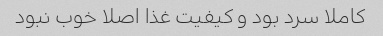
کاملا سرد بود و کیفیت غذا اصلا خوب نبود